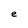
Character: e